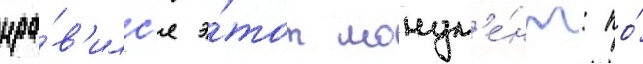
нра́в'илс'я э́тот монум'е́нт: по́